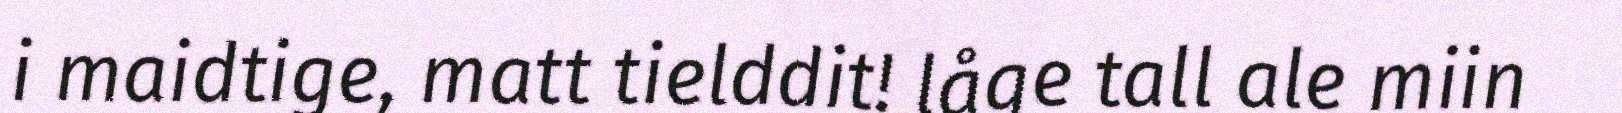
i maidtige, matt tielddit! låge tall ale miin